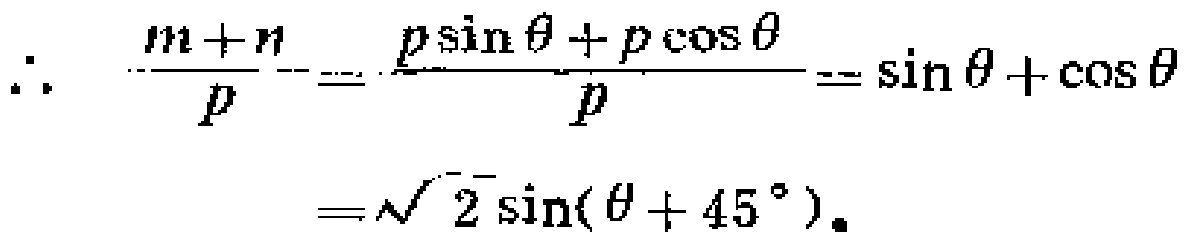
\[
\begin{align*}
\therefore\quad \frac{m + n}{p}&=\frac{p\sin\theta + p\cos\theta}{p}=\sin\theta+\cos\theta\\
&=\sqrt{2}\sin(\theta + 45^{\circ})。
\end{align*}
\]